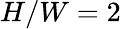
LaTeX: H/W=2